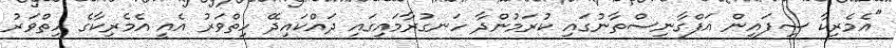
"އެމެރިކާ ސިފައިން އަފްގާނިސްތާނުގައި ކުރަމުންދާ ހަނގުރާމައިގައި ދައްކައިދޭ ހިތްވަރު އެއީ އެމެރިކާގެ ހިތްވަރު